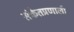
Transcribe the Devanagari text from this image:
संकेतप्रणालीं